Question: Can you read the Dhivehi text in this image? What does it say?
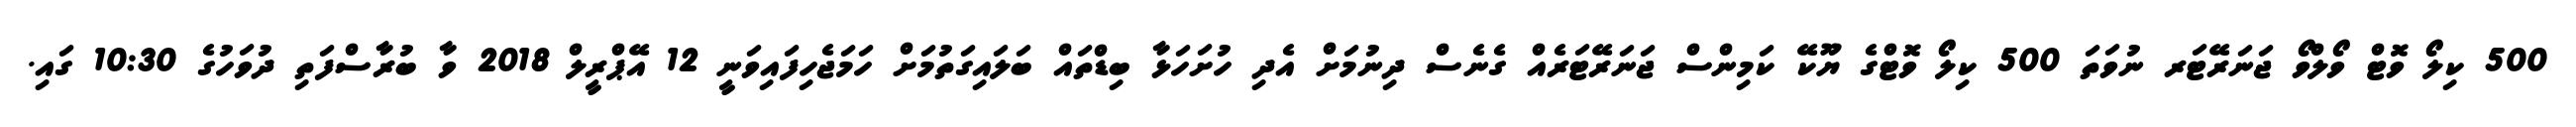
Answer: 500 ކިލޯ ވޮޓް ވޯލްވޯ ޖަނަރޭޓަރ ނުވަތަ 500 ކިލޯ ވޮޓްގެ ޔޫކޭ ކަމިންސް ޖަނަރޭޓަރެއް ގެނެސް ދިނުމަށް އެދި ހުށަހަޅާ ބިޑްތައް ބަލައިގަތުމަށް ހަމަޖެހިފައިވަނީ 12 އޭޕްރީލް 2018 ވާ ބުރާސްފަތި ދުވަހުގެ 10:30 ގައި.